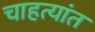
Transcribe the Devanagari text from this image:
चाहत्यांत